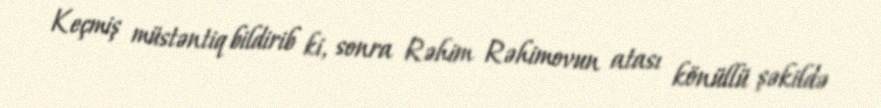
Keçmiş müstəntiq bildirib ki, sonra Rəhim Rəhimovun atası könüllü şəkildə